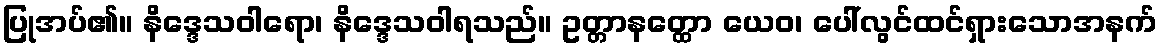
ပြုအပ်၏။ နိဒ္ဒေသဝါရော၊ နိဒ္ဒေသဝါရသည်။ ဥတ္တာနတ္ထော ယေဝ၊ ပေါ်လွင်ထင်ရှားသောအနက်